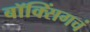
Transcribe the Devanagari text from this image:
बॉक्सिंगचं